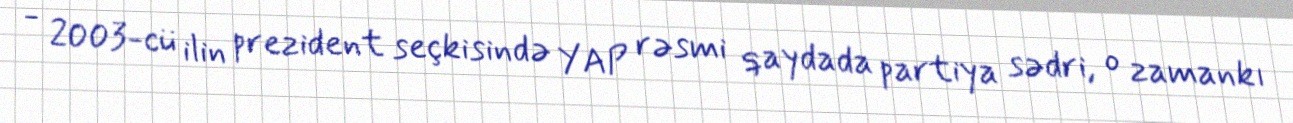
- 2003-cü ilin prezident seçkisində YAP rəsmi qaydada partiya sədri, o zamankı